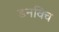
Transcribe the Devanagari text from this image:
डनविच